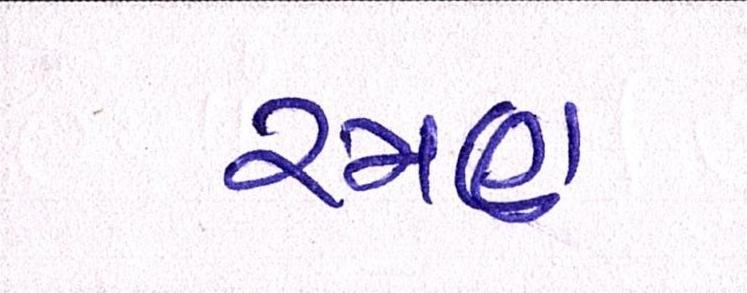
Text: રમણ